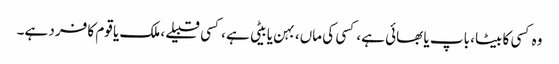
وہ کسی کا بیٹا، باپ یا بھائی ہے، کسی کی ماں، بہن یا بیٹی ہے، کسی قبیلے، ملک یا قوم کا فرد ہے۔